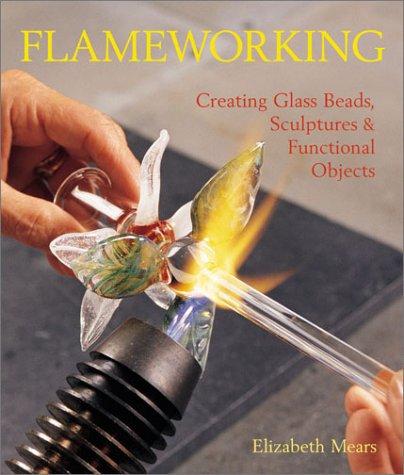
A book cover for Flameworking: Creating Glass Beads, Sculptures & Functional Objects; Elizabeth Mears; Crafts, Hobbies & Home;